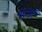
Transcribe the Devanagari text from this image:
र्योजेन